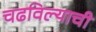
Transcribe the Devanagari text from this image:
चढविल्याची